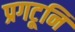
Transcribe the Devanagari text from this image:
प्रगटूनि